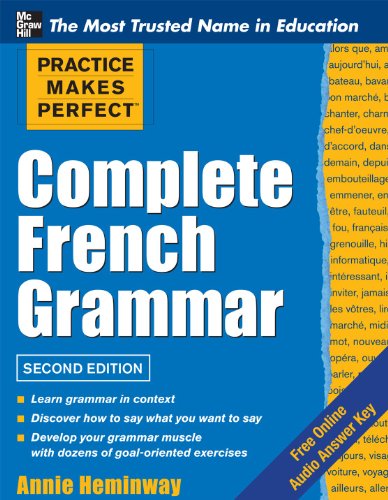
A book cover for Practice Makes Perfect Complete French Grammar (Practice Makes Perfect Series); Annie Heminway; Reference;